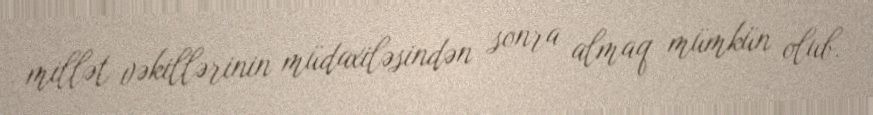
millət vəkillərinin müdaxiləsindən sonra almaq mümkün olub.